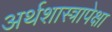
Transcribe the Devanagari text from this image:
अर्थशास्त्रापेक्षा